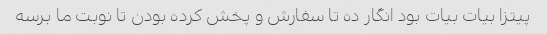
پیتزا بیات بیات بود انگار ده تا سفارش و پخش کرده بودن تا نوبت ما برسه